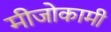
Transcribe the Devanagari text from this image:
मीजोकामी